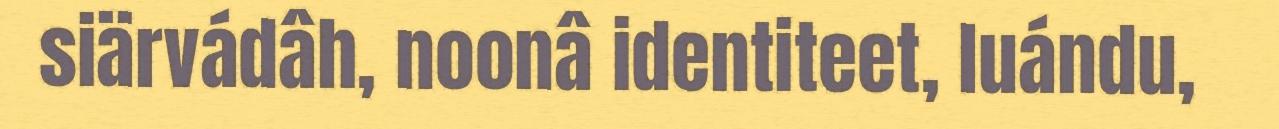
siärvádâh, noonâ identiteet, luándu,